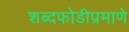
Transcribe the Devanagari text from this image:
शब्दफोडीप्रमाणे